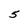
Character: 5